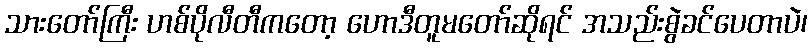
သားတော်ကြီး ဟစ်ပိုလီတီကတော့ ဟောဒီတူမတော်ဆိုရင် အသည်းစွဲခင်ပေတာပဲ၊